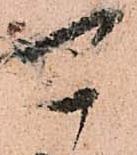
可